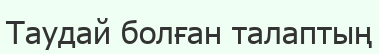
Таудай болған талаптың